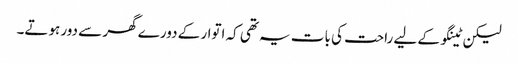
لیکن ٹینگو کے لیے راحت کی بات یہ تھی کہ اتوار کے دورے گھر سے دور ہوتے۔